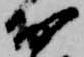
お